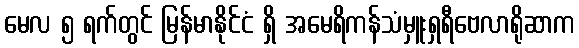
မေလ ၅ ရက်တွင် မြန်မာနိုင်ငံ ရှိ အမေရိကန်သံမှူးရှရီဗေလာရိုဆာက